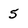
Character: 5